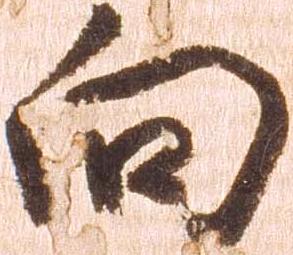
向